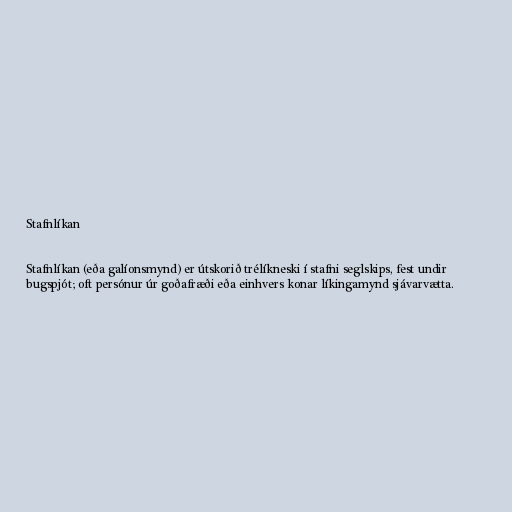
Stafnlíkan

Stafnlíkan (eða galíonsmynd) er útskorið trélíkneski í stafni seglskips, fest undir
bugspjót; oft persónur úr goðafræði eða einhvers konar líkingamynd sjávarvætta.